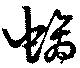
螭